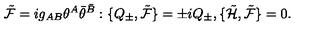
{ \tilde { \cal F } } = i g _ { A B } \theta ^ { A } { \bar { \theta } } ^ { \bar { B } } : \{ Q _ { \pm } , { \tilde { \cal F } } \} = \pm i Q _ { \pm } , \{ { \tilde { \cal H } } , { \tilde { \cal F } } \} = 0 .